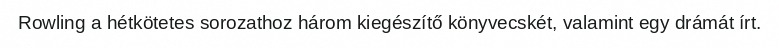
Rowling a hétkötetes sorozathoz három kiegészítő könyvecskét, valamint egy drámát írt.